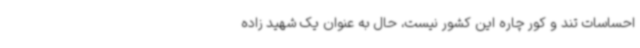
احساسات تند و کور چاره‌ این کشور نیست، حال به عنوان یک شهید زاده